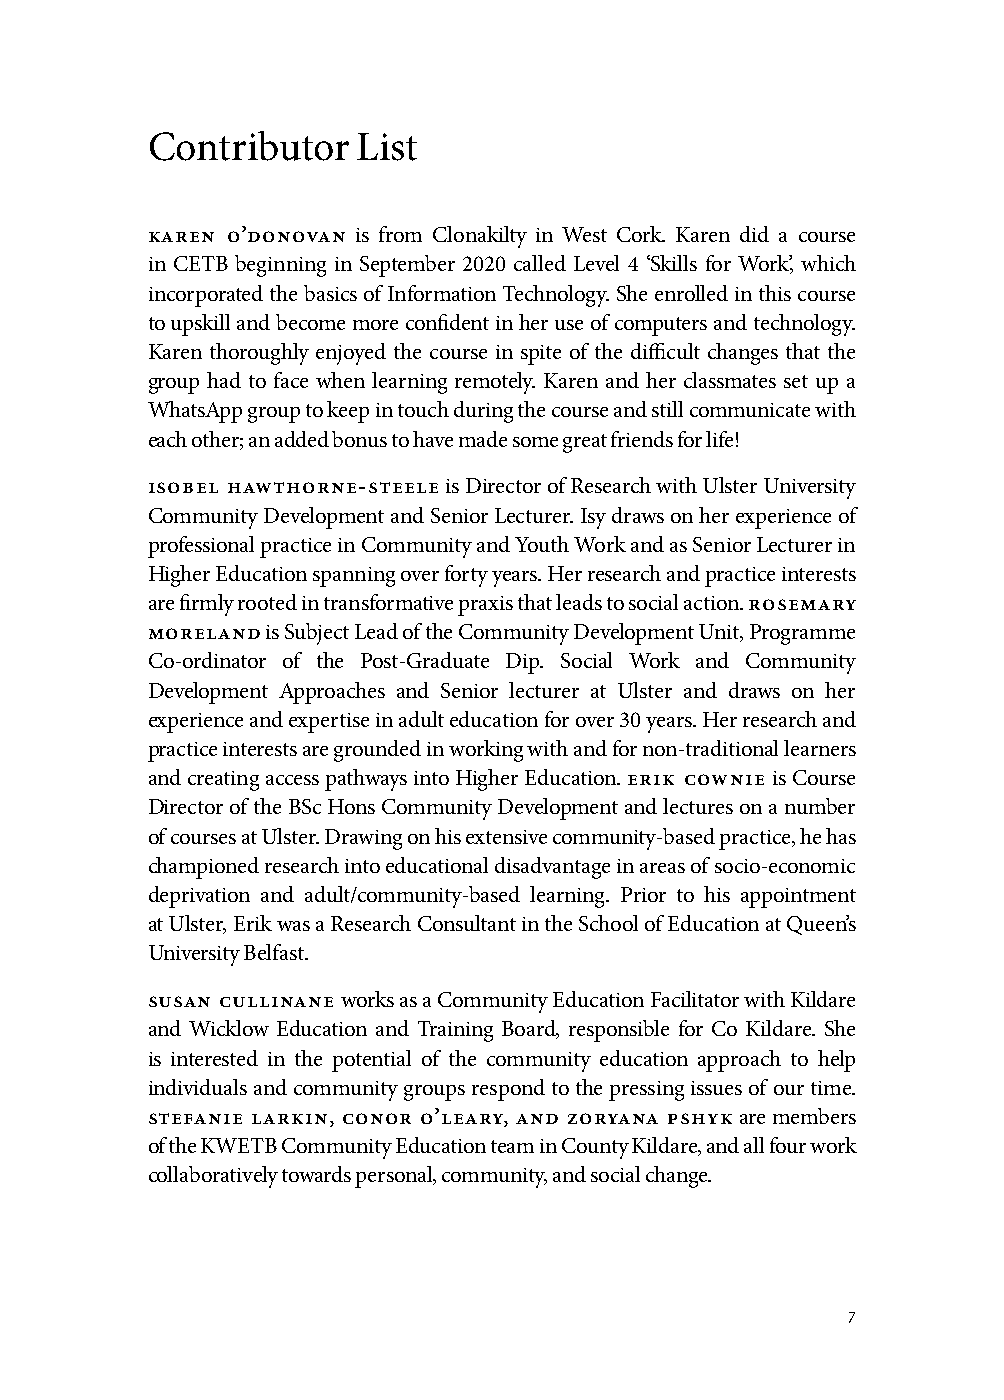
Contributor   List
 karen o’donovan is from Clonakilty in West Cork. Karen did a course
 in CETB beginning in September 2020 called Level 4 ‘Skills for Work’, which
 incorporated the basics of Information Technology. She enrolled in this course
 to upskill and become more confident in her use of computers and technology.
 Karen thoroughly enjoyed the course in spite of the difficult changes that the
 group had to face when learning remotely. Karen and her classmates set up a
 WhatsApp group to keep in touch during the course and still communicate with
 each other; an added bonus to have made some great friends for life!
 isobel hawthorne-steele is Director of Research with Ulster University
 Community Development and Senior Lecturer. Isy draws on her experience of
 professional practice in Community and Youth Work and as Senior Lecturer in
 Higher Education spanning over forty years. Her research and practice interests
 are firmly rooted in transformative praxis that leads to social action. rosemary
 moreland is Subject Lead of the Community Development Unit, Programme
 Co-ordinator of the Post-Graduate Dip. Social Work and Community
 Development Approaches and Senior lecturer at Ulster and draws on her
 experience and expertise in adult education for over 30 years. Her research and
 practice interests are grounded in working with and for non-traditional learners
 and creating access pathways into Higher Education. erik cownie is Course
 Director of the BSc Hons Community Development and lectures on a number
 of courses at Ulster. Drawing on his extensive community-based practice, he has
 championed research into educational disadvantage in areas of socio-economic
 deprivation and adult/community-based learning. Prior to his appointment
 at Ulster, Erik was a Research Consultant in the School of Education at Queen’s
 University Belfast.
 susan cullinane works as a Community Education Facilitator with Kildare
 and Wicklow Education and Training Board, responsible for Co Kildare. She
 is interested in the potential of the community education approach to help
 individuals and community groups respond to the pressing issues of our time.
 stefanie larkin, conor o’leary, and zoryana pshyk are members
 of the KWETB Community Education team in County Kildare, and all four work
 collaboratively towards personal, community, and social change.
 7